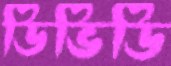
ডিভিডি